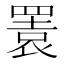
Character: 瞏